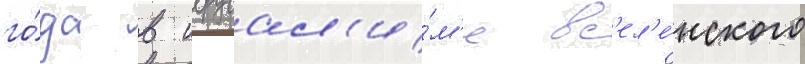
го́да в иерусал'и́м'е вс'ел'е́нского